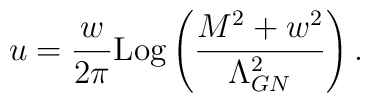
u=\frac {w}{2\pi}{\rm Log}\left(\frac{M^2+w^2}{\Lambda_{GN}^2}\right).